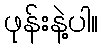
ဖုန်းနဲ့ပါ။